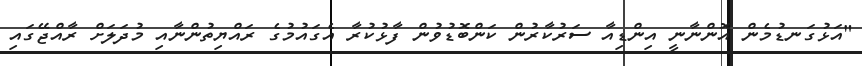
"އަޅުގަނޑުމެން އޮންނާނީ އިންޑިއާ ސަރުކާރުން ކަންބޮޑުވުން ފާޅުކުރާ އެގައުމުގެ ރައްޔިތުންނާއި މުދަލަށް ރާއްޖޭގައި